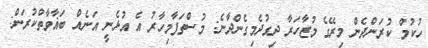
ހުކުމް ކުރަންދެން މިރޭގެ މުޒާހަރާ ދިގުދެމިގެންދާނެ: މުސްތަފާމިހާރު އެ އުޅެނީ އަނެއް ބަޣާވާތްކުރަން: